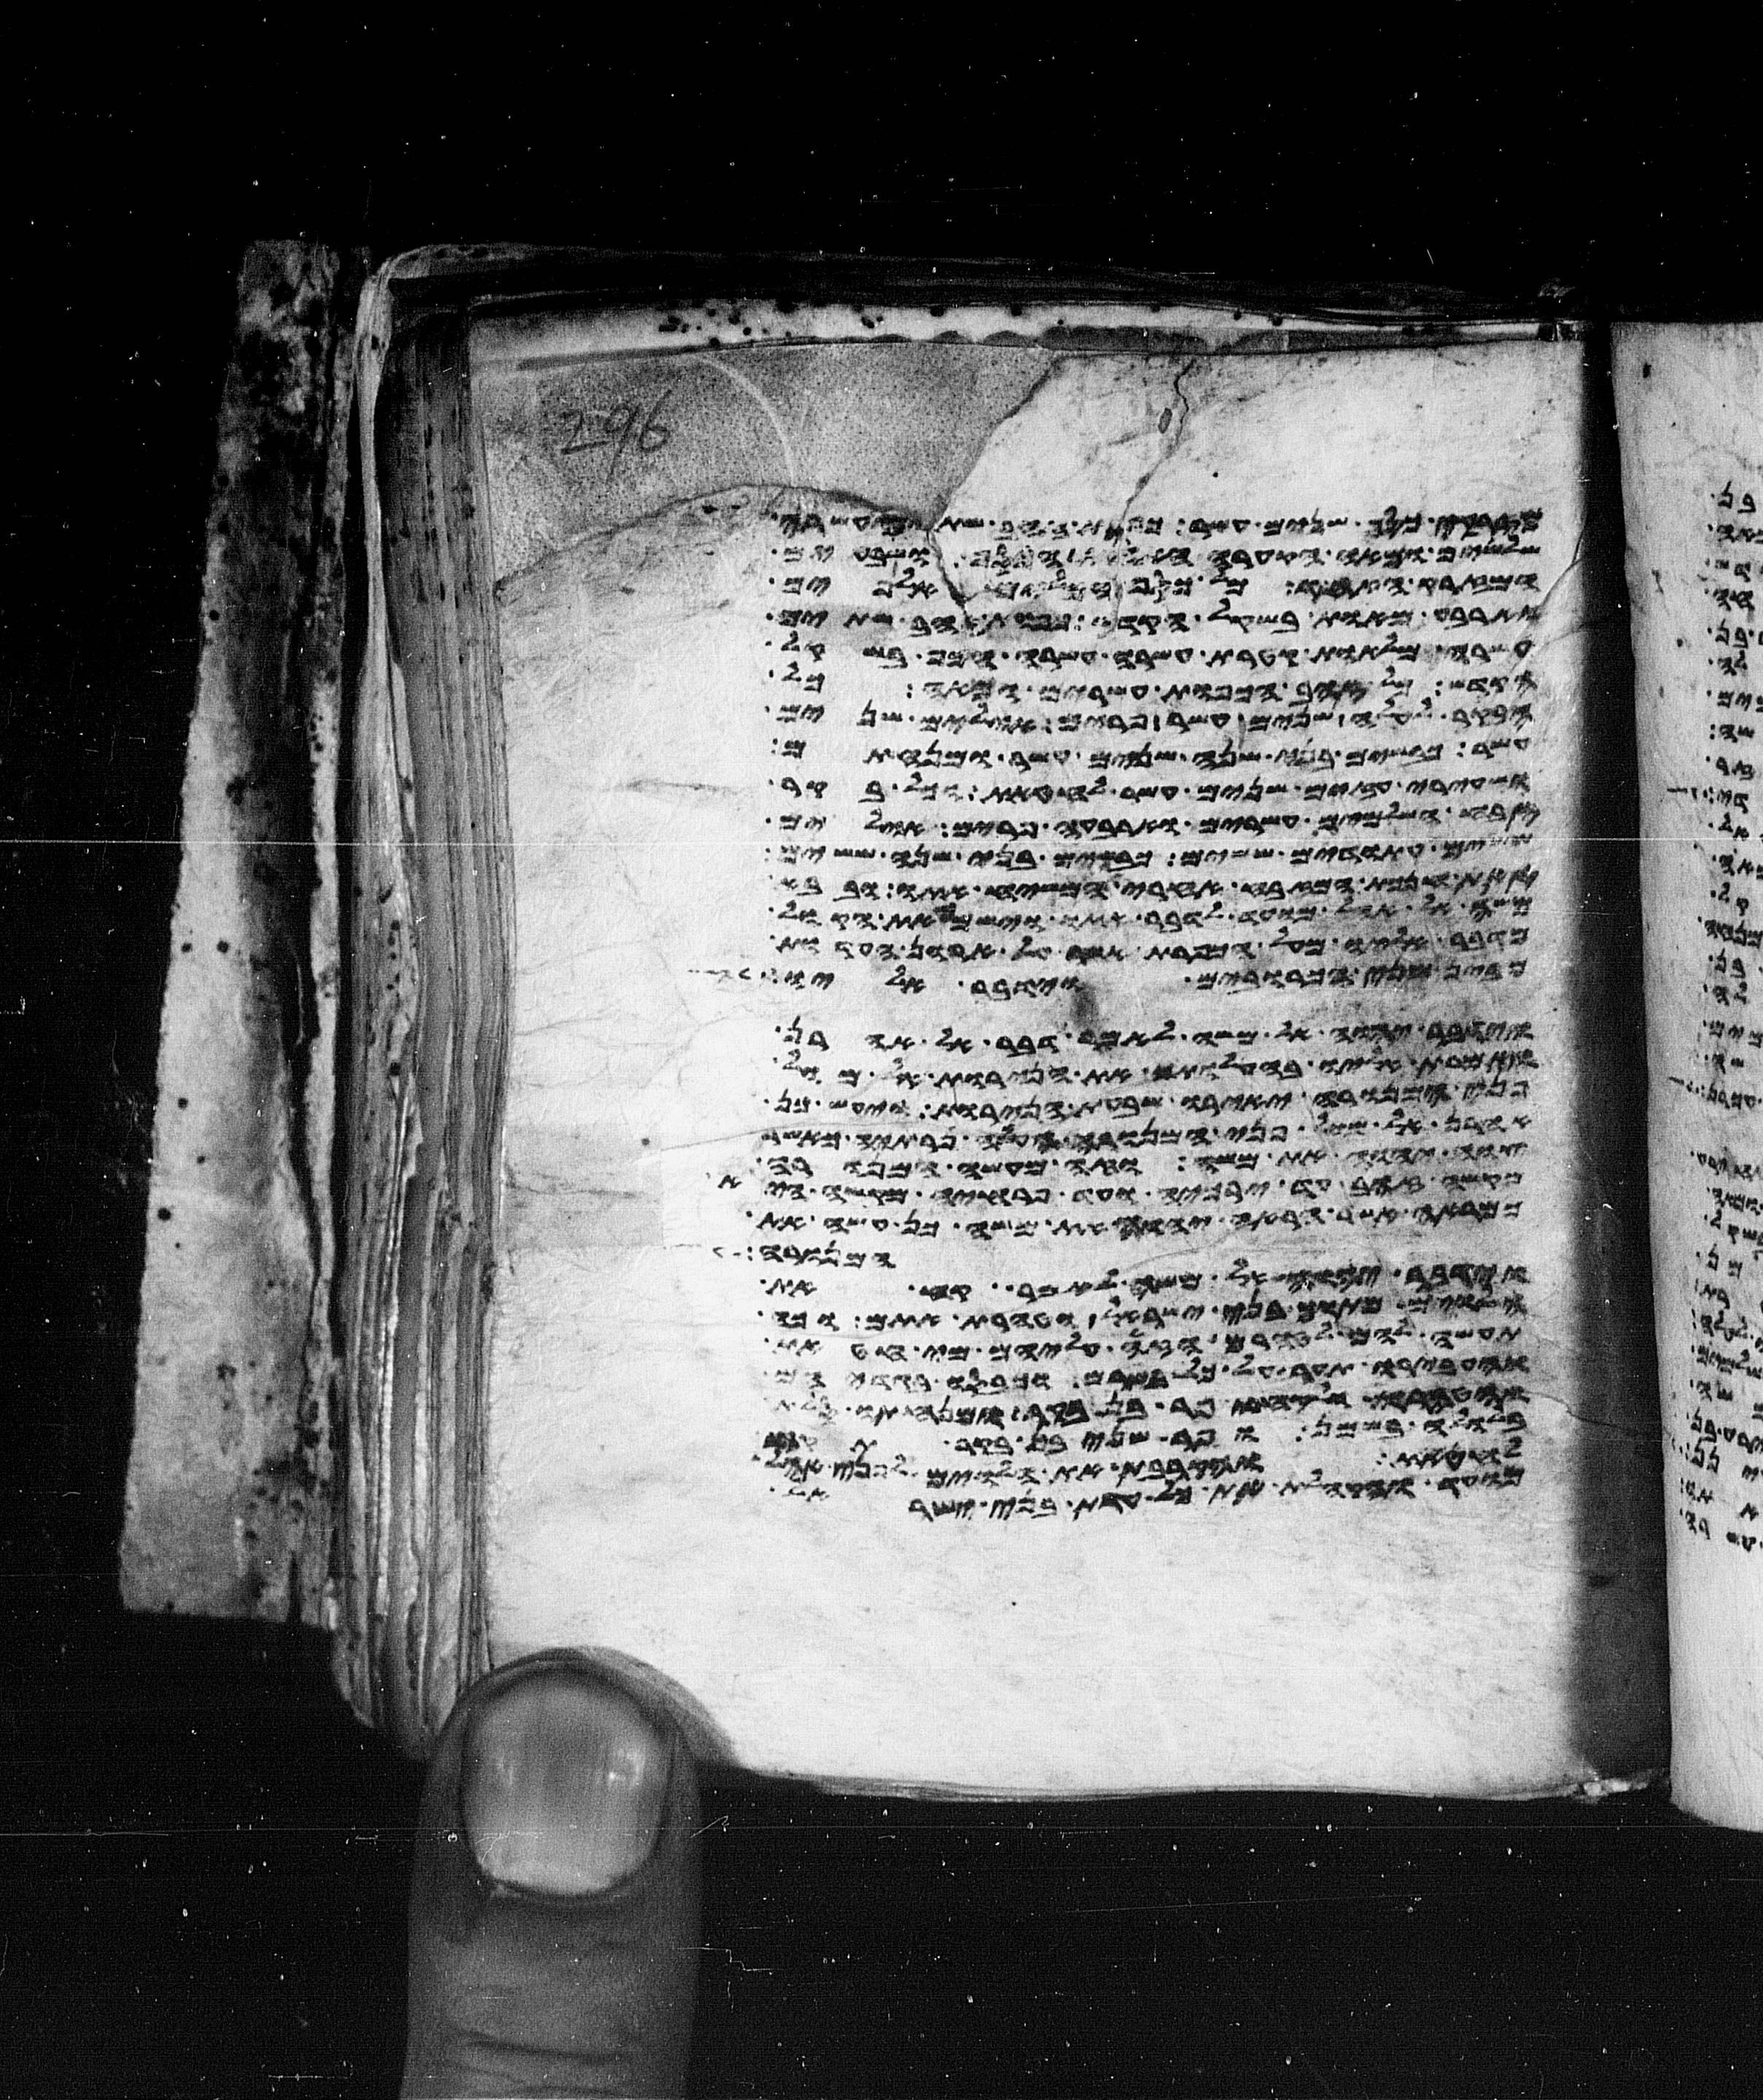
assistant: מזרקי כסף שנים עשר כפות זהב שתים עשרה
שלשים ומאה הקערה האחת הכסף ושבעים
המזרק האחד כל כסף הכלים אלפים
וארבע מאות בשקל הקדש כפות זהב שתים
עשרה מלאות קטרת עשרה עשרה הכף בשקל
הקדש כל זהב הכפות עשרים ומאה כל
הבקר לעלה שנים עשר פרים אילים שנים
עשר כבשים בני שנה שנים עשר ומנחתם
ושעירי עזים שנים עשר לחטאת וכל בקר
זבח השלמים עשרים וארבעה פרים אילים
ששים עתודים ששים כבשים בני שנה ששים
זאת חנכת המזבח אחרי המשח אתו ובבא
משה אל אהל מועד לדבר אתו וישמע את הקול
מדבר אליו מעל הכפרת אשר על ארון העדות
מבין שני הכרובים וידבר אליו
וידבר יהוה אל משה לאמר דבר אל אהרן
ואמרת אליו בהעלותך את הנרות אל מול
פני המנורה יאירו שבעת הנרות ויעש כן
אהרן אל מול פני המנורה העלה נרתיה כאשר
צוה יהוה את משה וזה מעשה המנורה
מקשה זהב עד ירכיה ועד פרחיה מקשה היא
כמראה אשר הראה יהוה את משה כן עשה את
המנורה
וידבר יהוה אל משה לאמר קח את
הלוים מתוך בני ישראל וטהרת אתם וכה
תעשה להם לטהרם הזי עליהם מי חטאת
והעבירו תער על כל בשרם וכבסו בגדיהם
והטהרו ולקחו פר בן בקר ומנחתו סלת
בלולה בשמן ופר שני בן בקר תקח
לחטאת והקרבת את הלוים לפני אהל
מועד והקהלת את כל עדת בני ישראל